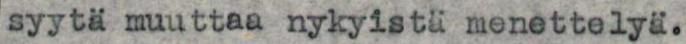
syytä muuttaa nykyistä menettelyä.